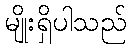
မျိုးရှိပါသည်